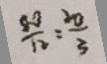
\frac { 8 0 } { 1 2 } = \frac { 2 0 } { 3 }